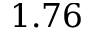
1 . 7 6